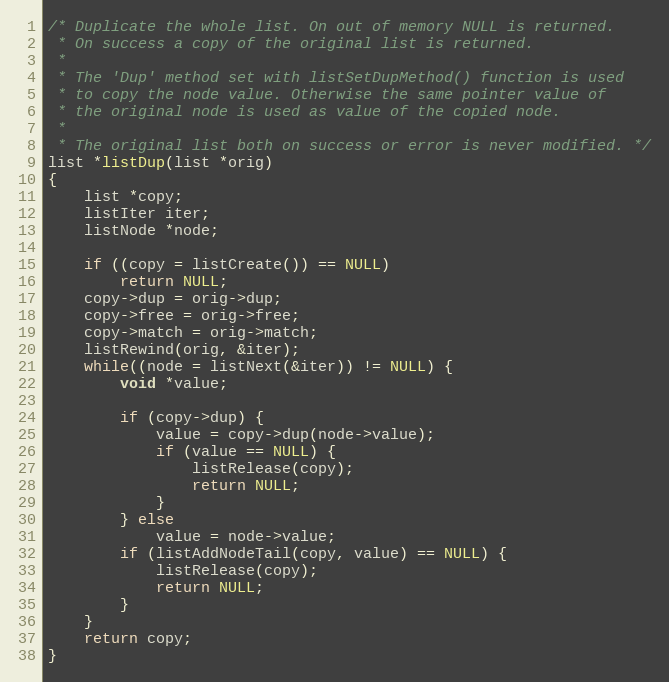
Language: C
/* Duplicate the whole list. On out of memory NULL is returned.
 * On success a copy of the original list is returned.
 *
 * The 'Dup' method set with listSetDupMethod() function is used
 * to copy the node value. Otherwise the same pointer value of
 * the original node is used as value of the copied node.
 *
 * The original list both on success or error is never modified. */
list *listDup(list *orig)
{
    list *copy;
    listIter iter;
    listNode *node;

    if ((copy = listCreate()) == NULL)
        return NULL;
    copy->dup = orig->dup;
    copy->free = orig->free;
    copy->match = orig->match;
    listRewind(orig, &iter);
    while((node = listNext(&iter)) != NULL) {
        void *value;

        if (copy->dup) {
            value = copy->dup(node->value);
            if (value == NULL) {
                listRelease(copy);
                return NULL;
            }
        } else
            value = node->value;
        if (listAddNodeTail(copy, value) == NULL) {
            listRelease(copy);
            return NULL;
        }
    }
    return copy;
}